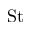
\mathrm { S t }